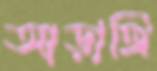
আড়াঙ্গি